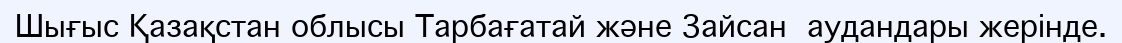
Шығыс Қазақстан облысы Тарбағатай және Зайсан  аудандары жерінде.